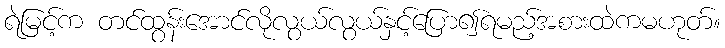
ရဲမြင့်က တင်ထွန်းအောင်လိုလွယ်လွယ်နှင့်ပြော၍ရမည့်အစားထဲကမဟုတ်။